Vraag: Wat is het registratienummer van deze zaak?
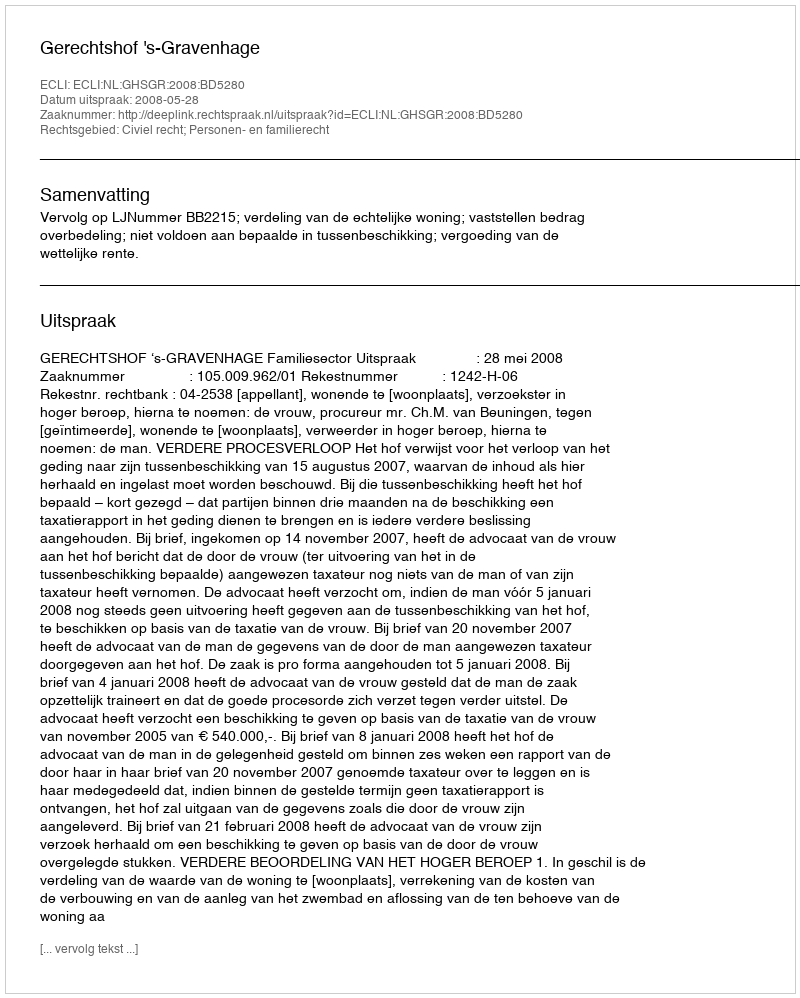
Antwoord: http://deeplink.rechtspraak.nl/uitspraak?id=ECLI:NL:GHSGR:2008:BD5280